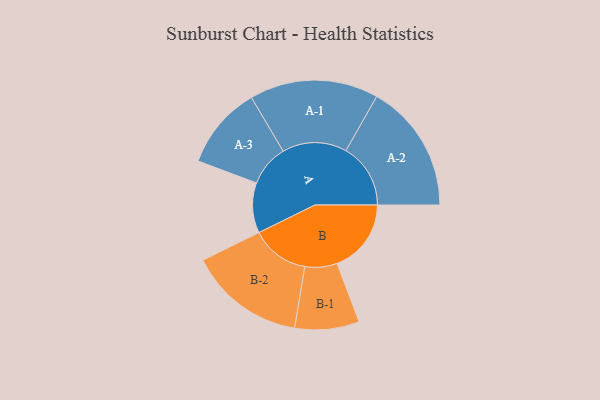
{"axis": {"x": "Segment", "y": "Value"}, "legend": ["", "A", "B"], "data": [{"x": "A", "y": 227, "type": ""}, {"x": "B", "y": 336, "type": ""}, {"x": "A-1", "y": 292, "type": "A"}, {"x": "A-2", "y": 293, "type": "A"}, {"x": "A-3", "y": 188, "type": "A"}, {"x": "B-1", "y": 146, "type": "B"}, {"x": "B-2", "y": 264, "type": "B"}]}